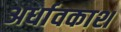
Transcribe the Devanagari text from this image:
अर्धावकाश